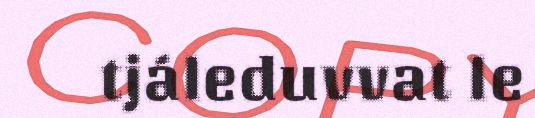
tjáleduvvat le